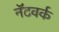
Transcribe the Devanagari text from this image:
नॅटवर्क